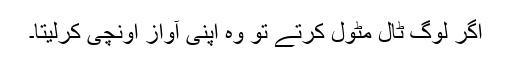
اگر لوگ ٹال مٹول کرتے تو وہ اپنی آواز اونچی کرلیتا۔